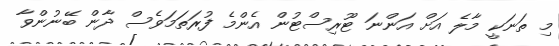
މި ތަނަކީ މާލެ އަށް އަންނަ ޓޫރިސްޓުން އެންމެ ފުރަތަމަވެސް ދާން ބޭނުންވާ